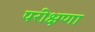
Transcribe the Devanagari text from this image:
परीक्षणा